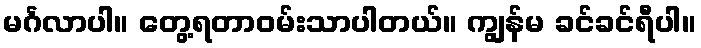
မင်္ဂလာပါ။ တွေ့ရတာဝမ်းသာပါတယ်။ ကျွန်မ ခင်ခင်ရီပါ။